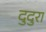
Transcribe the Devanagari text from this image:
दुदुरा